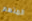
المتهم